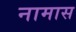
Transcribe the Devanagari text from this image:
नामास